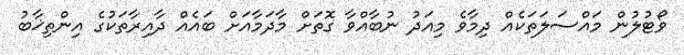
ވޯޓުލުން މައްސަލަތަކެއް ދިމާވެ މިއަދު ނުބާއްވާ ގޮތަށް މާދަމާއަށް ބައެއް ދާއިރާތަކުގެ އިންތިޚާބު